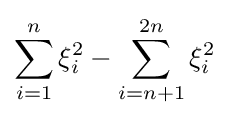
\sum \limits _{i=1}^{n}\xi _{i}^{2}-\sum \limits _{i=n+1}^{2n}\xi _{i}^{2}